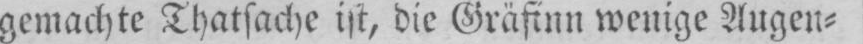
gemachte Thatsache ist, die Gräfinn wenige Augen⸗